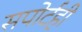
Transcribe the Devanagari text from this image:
सपोर्टही